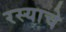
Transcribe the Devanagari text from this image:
रस्याचे